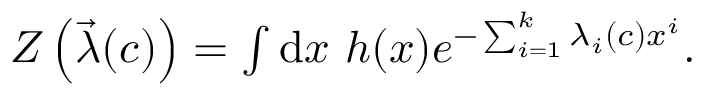
\begin{array} { r } { Z \left( \vec { \lambda } ( c ) \right) = \int \mathrm { d } x \ h ( x ) e ^ { - \sum _ { i = 1 } ^ { k } \lambda _ { i } ( c ) x ^ { i } } . } \end{array}